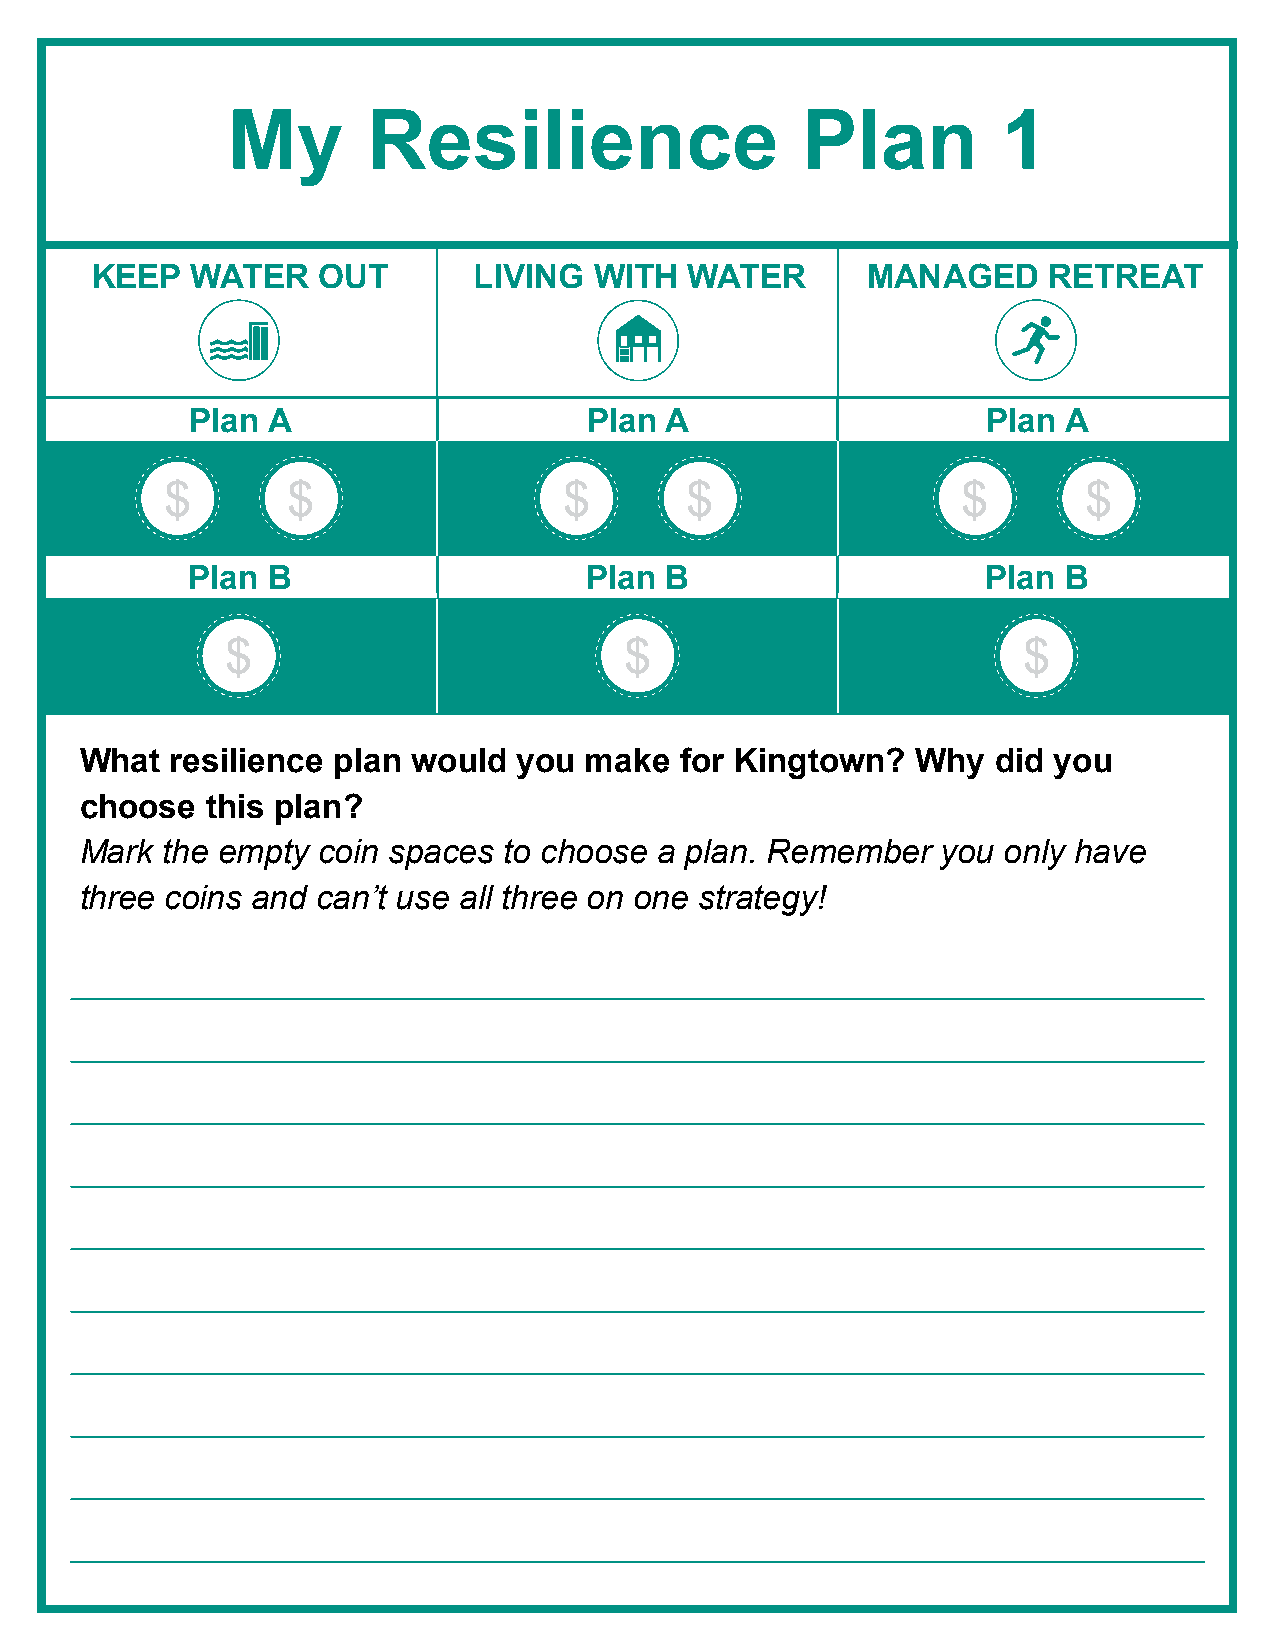
My       Resilience                   Plan         1
 KEEP   WATER   OUT       LIVING  WITH   WATER      MANAGED     RETREAT
 Plan A                    Plan A                    Plan A
 $       $                 $       $                  $       $
 Plan  B                    Plan B                    Plan B
 $                         $                          $
 What  resilience plan would  you  make  for Kingtown?   Why  did you
 choose   this plan?
 Mark  the empty coin spaces to choose  a plan. Remember  you only have
 three coins and can’t use all three on one strategy!